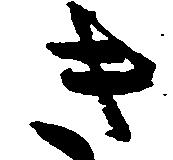
き